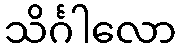
သိင်္ဂါလော